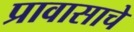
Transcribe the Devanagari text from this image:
प्रावासाचे